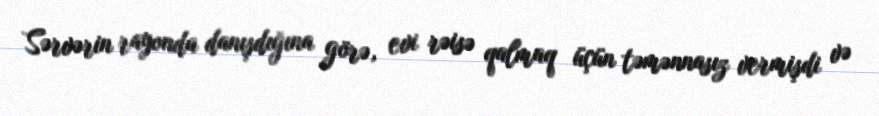
Sərvərin rayonda danışdığına görə, evi rəisə qalmaq üçün təmənnasız vermişdi və